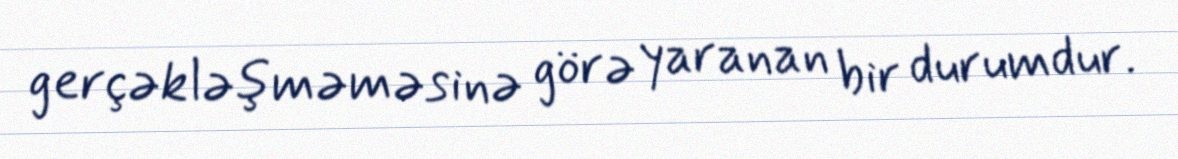
gerçəkləşməməsinə görə yaranan bir durumdur.